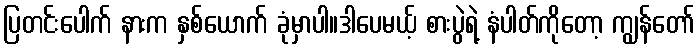
ပြတင်းပေါက် နားက နှစ်ယောက် ခုံမှာပါ။ဒါပေမယ့် စားပွဲရဲ့ နံပါတ်ကိုတော့ ကျွန်တော်